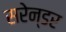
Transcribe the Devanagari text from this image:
सरेन्डर